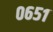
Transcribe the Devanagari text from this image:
०६५१